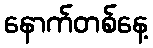
နောက်တစ်နေ့